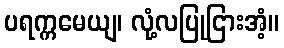
ပရက္ကမေယျ၊ လုံ့လပြုငြားအံ့။